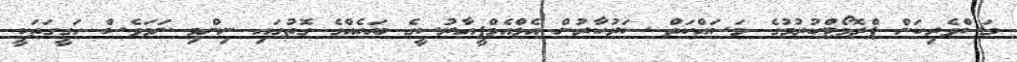
މަސްވެރިކަން ޕްރޮމޯޓްކުރުމުގެ މަސައްކަތް ސަރުކާރުން އެމްއެމްޕީއާރުސީގެ ބައެއްގެ ގޮތުގައި ނިންމި ނަމަވެސް ހަގީގަތަކީ